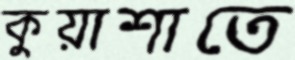
কুয়াশাতে